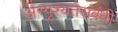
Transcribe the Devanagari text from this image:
अस्पृश्यतेसंबंधी